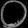
Digit: ၀